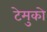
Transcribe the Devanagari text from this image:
टेमुको